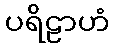
ပရိဠာဟံ